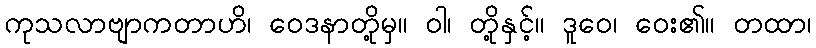
ကုသလာဗျာကတာဟိ၊ ဝေဒနာတို့မှ။ ဝါ၊ တို့နှင့်။ ဒူဝေ၊ ဝေး၏။ တထာ၊